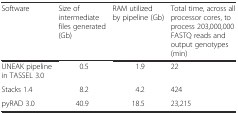
<table><thead><tr><td><b>Software</b></td><td><b>Size of intermediate files generated (Gb)</b></td><td><b>RAM utilized by pipeline (Gb)</b></td><td><b>Total time, across all processor cores, to process 203,000,000 FASTQ reads and output genotypes (min)</b></td></tr></thead><tbody><tr><td>UNEAK pipeline in TASSEL 3.0</td><td>0.5</td><td>1.9</td><td>22</td></tr><tr><td>Stacks 1.4</td><td>8.2</td><td>4.2</td><td>424</td></tr><tr><td>pyRAD 3.0</td><td>40.9</td><td>18.5</td><td>23,215</td></tr></tbody></table>